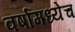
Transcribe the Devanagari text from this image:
वर्षामध्येच